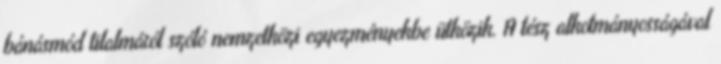
bánásmód tilalmáról szóló nemzetközi egyezményekbe ütközik. A tész alkotmányosságával